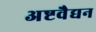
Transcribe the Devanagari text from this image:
अष्टवैद्यन